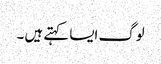
لوگ ایسا کہتے ہیں ۔